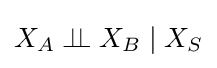
X_{A}\perp \!\!\!\perp X_{B}\mid X_{S}